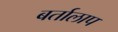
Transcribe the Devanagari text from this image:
बर्तालाप